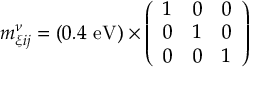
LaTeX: m _ { \xi i j } ^ { \nu } = ( 0 . 4 ~ \mathrm { e V } ) \times \left( \begin{array} { l l l } { { 1 } } & { { 0 } } & { { 0 } } \\ { { 0 } } & { { 1 } } & { { 0 } } \\ { { 0 } } & { { 0 } } & { { 1 } } \end{array} \right)